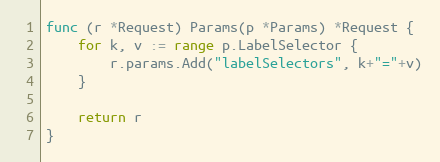
Language: Go
func (r *Request) Params(p *Params) *Request {
	for k, v := range p.LabelSelector {
		r.params.Add("labelSelectors", k+"="+v)
	}

	return r
}